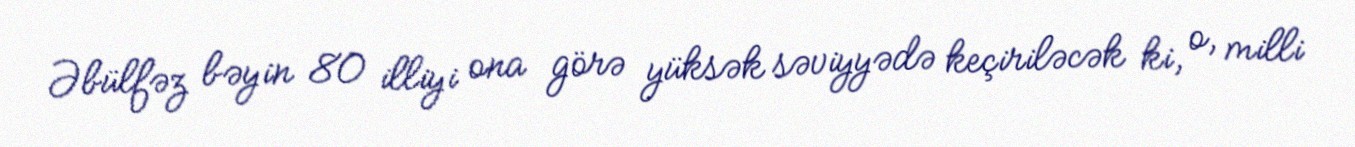
Əbülfəz bəyin 80 illiyi ona görə yüksək səviyyədə keçiriləcək ki, o, milli